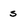
Character: s